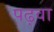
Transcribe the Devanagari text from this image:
पढ़वा